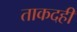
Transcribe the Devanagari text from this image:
ताकदही